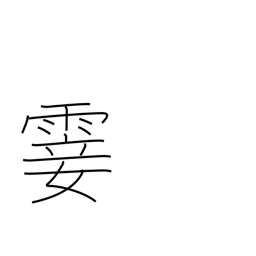
Meaning: light rain